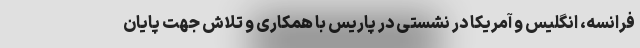
فرانسه، انگلیس و آمریکا در نشستی در پاریس با همکاری و تلاش جهت پایان